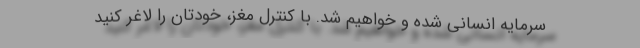
سرمایه انسانی شده و خواهیم شد. با کنترل مغز، خودتان را لاغر کنید